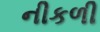
નીકળી